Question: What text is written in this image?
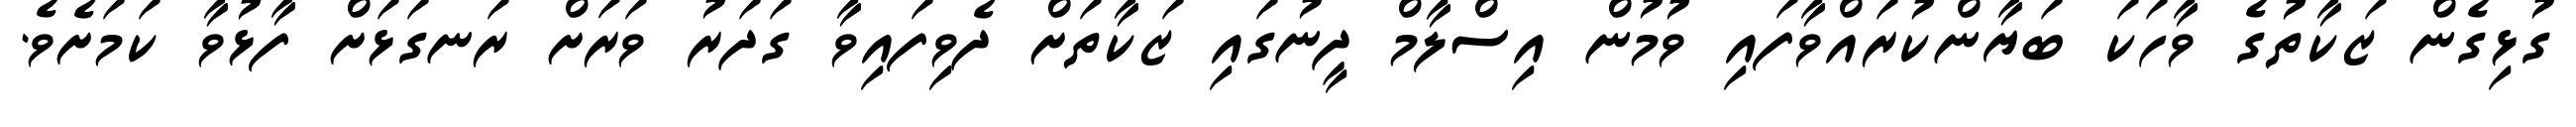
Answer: ގުޅިގެން ޒަކާތުގެ ވާހަކަ ބަޔާންކުރައްވާފައި ވުމުން އިސްލާމް ދީނުގައި ޒަކާތަށް ދެވިފައިވާ ގަދަރު ވަރަށް ރަނގަޅަށް ފާޅުވާ ކަމަށެވެ.